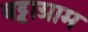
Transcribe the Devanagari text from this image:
बट्टाग्राम